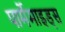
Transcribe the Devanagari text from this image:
पार्मेमाइड्स